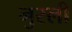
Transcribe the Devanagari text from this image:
नुस्ली